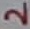
Text: 2